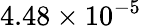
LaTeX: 4.48\times 10^{-5}